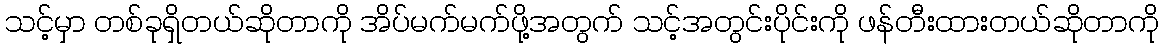
သင့်မှာ တစ်ခုရှိတယ်ဆိုတာကို အိပ်မက်မက်ဖို့အတွက် သင့်အတွင်းပိုင်းကို ဖန်တီးထားတယ်ဆိုတာကို